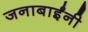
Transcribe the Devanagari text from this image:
जनाबाईंनी